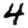
Digit: 4